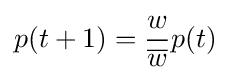
p(t+1)={\frac {w}{\overline {w}}}p(t)